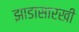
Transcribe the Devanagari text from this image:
झाडासारखी